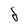
Character: 8